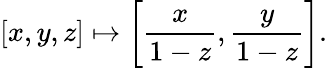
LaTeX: [x,y,z]\mapsto\left[{\frac{x}{1-z}},{\frac{y}{1-z}}\right].